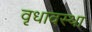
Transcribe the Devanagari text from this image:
वृधावस्था